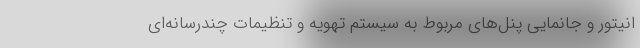
انیتور و جانمایی پنل‌های مربوط به سیستم تهویه و تنظیمات چندرسانه‌ای